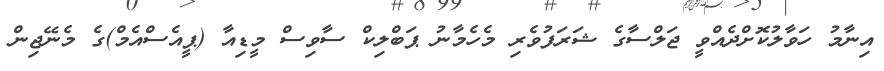
އިނާމު ހަވާލުކޮށްދެއްވީ ޖަލްސާގެ ޝަރަފުވެރި މެހެމާނު ޕަބްލިކް ސާވިސް މީޑިއާ (ޕީއެސްއެމް)ގެ މެނޭޖިން